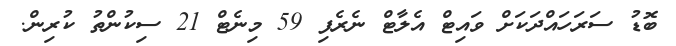
ބޮޑު ސަރަހައްދަކަށް ވައިޓް އެލާޓް ނެރެފި 59 މިނެޓް 21 ސިކުންތު ކުރިން.